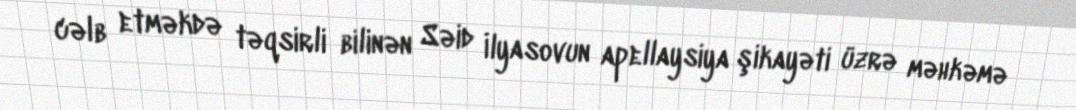
cəlb etməkdə təqsirli bilinən Səid İlyasovun apellaysiya şikayəti üzrə məhkəmə